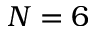
N = 6